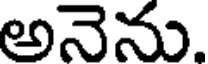
అనెను.